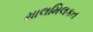
માલમિલકત